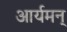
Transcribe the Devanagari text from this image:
आर्यमन्